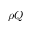
\rho Q